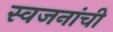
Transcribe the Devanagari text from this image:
स्वजनांची